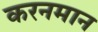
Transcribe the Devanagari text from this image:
करनमान